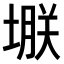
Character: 𫮗